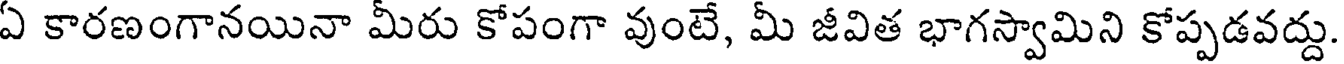
ఏ కారణంగానయినా మీరు కోపంగా వుంటే, మీ జీవిత భాగస్వామిని కోప్పడవద్దు